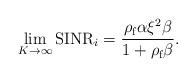
LaTeX: \begin{align*}\lim_{K\rightarrow \infty }\textrm{SINR}_{i} = \frac{\rho _{\textrm{f}}\alpha \xi ^{2}\beta }{1 + \rho _{\textrm{f}}\beta } .\end{align*}